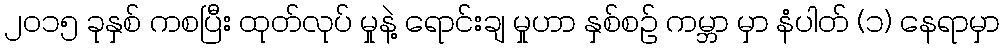
၂၀၁၅ ခုနှစ် ကစပြီး ထုတ်လုပ် မှုနဲ့ ရောင်းချ မှုဟာ နှစ်စဉ် ကမ္ဘာ မှာ နံပါတ် (၁) နေရာမှာ